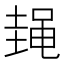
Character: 𱌃